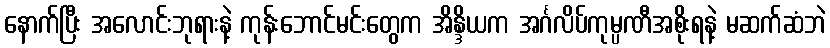
နောက်ပြီး အလောင်းဘုရားနဲ့ ကုန်းဘောင်မင်းတွေက အိန္ဒိယက အင်္ဂလိပ်ကုမ္ပဏီအစိုးရနဲ့ မဆက်ဆံဘဲ